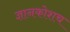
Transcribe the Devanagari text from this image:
ज्ञानकोशच